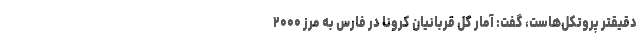
دقیقتر پروتکل‌هاست، گفت: آمار کل قربانیان کرونا در فارس به مرز ۲۰۰۰